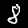
Digit: 8